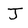
Character: J